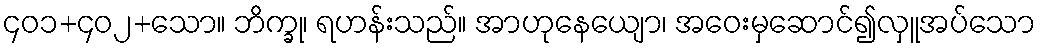
၄၀၁+၄၀၂+သော။ ဘိက္ခု၊ ရဟန်းသည်။ အာဟုနေယျော၊ အဝေးမှဆောင်၍လှူအပ်သော